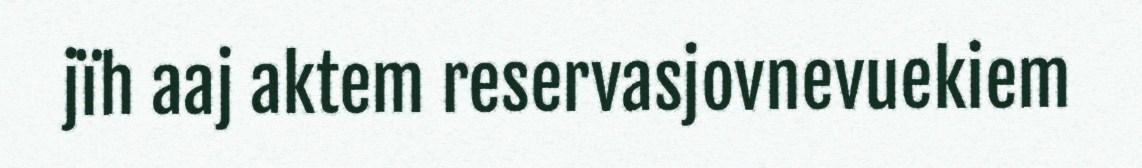
jïh aaj aktem reservasjovnevuekiem